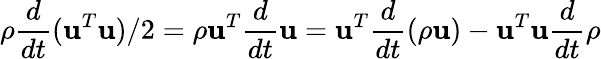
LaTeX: \rho\frac{d}{dt}(\mathbf{u}^{T}\mathbf{u})/2=\rho\mathbf{u}^{T}\frac{d}{dt}\mathbf{u}=\mathbf{u}^{T}\frac{d}{dt}(\rho\mathbf{u})-\mathbf{u}^{T}\mathbf{u}\frac{d}{dt}\rho